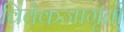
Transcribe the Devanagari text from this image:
विवेकजागृती